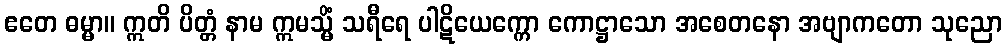
ဧတေ ဓမ္မာ။ ဣတိ ပိတ္တံ နာမ ဣမသ္မိံ သရီရေ ပါဋိယေက္ကော ကောဋ္ဌာသော အစေတနော အဗျာကတော သုညော